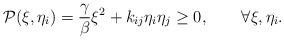
LaTeX: \begin{align*}\mathcal{P}(\xi,\eta_{i})=\frac{\gamma}{\beta}\xi^{2}+k_{ij}\eta_{i}\eta_{j}\geq0,\qquad\forall\xi,\eta_{i}.\end{align*}